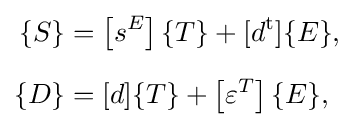
{\begin{aligned}\{S\}&=\left[s^{E}\right]\{T\}+[d^{\mathrm {t} }]\{E\},\\[6pt]\{D\}&=[d]\{T\}+\left[\varepsilon ^{T}\right]\{E\},\end{aligned}}